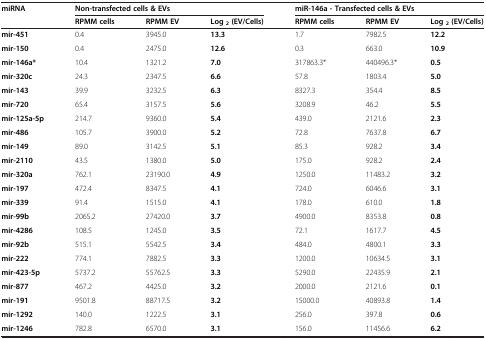
<table><thead><tr><td><b>miRNA</b></td><td colspan="3"><b>Non-transfected cells &amp; EVs</b></td><td colspan="3"><b>miR-146a - Transfected cells &amp; EVs</b></td></tr><tr><td><b> </b></td><td><b>RPMM cells</b></td><td><b>RPMM EV</b></td><td><b>Log<sub>2</sub>(EV/Cells)</b></td><td><b>RPMM cells</b></td><td><b>RPMM EV</b></td><td><b>Log<sub>2</sub>(EV/Cells)</b></td></tr></thead><tbody><tr><td><b>mir-451</b></td><td>0.4</td><td>3945.0</td><td><b>13.3</b></td><td>1.7</td><td>7982.5</td><td><b>12.2</b></td></tr><tr><td><b>mir-150</b></td><td>0.4</td><td>2475.0</td><td><b>12.6</b></td><td>0.3</td><td>663.0</td><td><b>10.9</b></td></tr><tr><td><b>mir-146a*</b></td><td>10.4</td><td>1321.2</td><td><b>7.0</b></td><td>317863.3*</td><td>440496.3*</td><td><b>0.5</b></td></tr><tr><td><b>mir-320c</b></td><td>24.3</td><td>2347.5</td><td><b>6.6</b></td><td>57.8</td><td>1803.4</td><td><b>5.0</b></td></tr><tr><td><b>mir-143</b></td><td>39.9</td><td>3232.5</td><td><b>6.3</b></td><td>8327.3</td><td>354.4</td><td><b>8.5</b></td></tr><tr><td><b>mir-720</b></td><td>65.4</td><td>3157.5</td><td><b>5.6</b></td><td>3208.9</td><td>46.2</td><td><b>5.5</b></td></tr><tr><td><b>mir-125a-5p</b></td><td>214.7</td><td>9360.0</td><td><b>5.4</b></td><td>439.0</td><td>2121.6</td><td><b>2.3</b></td></tr><tr><td><b>mir-486</b></td><td>105.7</td><td>3900.0</td><td><b>5.2</b></td><td>72.8</td><td>7637.8</td><td><b>6.7</b></td></tr><tr><td><b>mir-149</b></td><td>89.0</td><td>3142.5</td><td><b>5.1</b></td><td>85.3</td><td>928.2</td><td><b>3.4</b></td></tr><tr><td><b>mir-2110</b></td><td>43.5</td><td>1380.0</td><td><b>5.0</b></td><td>175.0</td><td>928.2</td><td><b>2.4</b></td></tr><tr><td><b>mir-320a</b></td><td>762.1</td><td>23190.0</td><td><b>4.9</b></td><td>1250.0</td><td>11483.2</td><td><b>3.2</b></td></tr><tr><td><b>mir-197</b></td><td>472.4</td><td>8347.5</td><td><b>4.1</b></td><td>724.0</td><td>6046.6</td><td><b>3.1</b></td></tr><tr><td><b>mir-339</b></td><td>91.4</td><td>1515.0</td><td><b>4.1</b></td><td>178.0</td><td>610.0</td><td><b>1.8</b></td></tr><tr><td><b>mir-99b</b></td><td>2065.2</td><td>27420.0</td><td><b>3.7</b></td><td>4900.0</td><td>8353.8</td><td><b>0.8</b></td></tr><tr><td><b>mir-4286</b></td><td>108.5</td><td>1245.0</td><td><b>3.5</b></td><td>72.1</td><td>1617.7</td><td><b>4.5</b></td></tr><tr><td><b>mir-92b</b></td><td>515.1</td><td>5542.5</td><td><b>3.4</b></td><td>484.0</td><td>4800.1</td><td><b>3.3</b></td></tr><tr><td><b>mir-222</b></td><td>774.1</td><td>7882.5</td><td><b>3.3</b></td><td>1200.0</td><td>10634.5</td><td><b>3.1</b></td></tr><tr><td><b>mir-423-5p</b></td><td>5737.2</td><td>55762.5</td><td><b>3.3</b></td><td>5290.0</td><td>22435.9</td><td><b>2.1</b></td></tr><tr><td><b>mir-877</b></td><td>467.2</td><td>4425.0</td><td><b>3.2</b></td><td>2000.0</td><td>2121.6</td><td><b>0.1</b></td></tr><tr><td><b>mir-191</b></td><td>9501.8</td><td>88717.5</td><td><b>3.2</b></td><td>15000.0</td><td>40893.8</td><td><b>1.4</b></td></tr><tr><td><b>mir-1292</b></td><td>140.0</td><td>1222.5</td><td><b>3.1</b></td><td>256.0</td><td>397.8</td><td><b>0.6</b></td></tr><tr><td><b>mir-1246</b></td><td>782.8</td><td>6570.0</td><td><b>3.1</b></td><td>156.0</td><td>11456.6</td><td><b>6.2</b></td></tr></tbody></table>